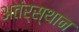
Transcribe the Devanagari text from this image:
अतंर्स्थान